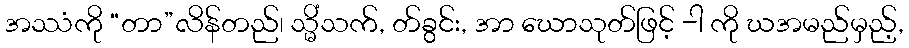
အဿံကို “တာ”လိန်တည်၊ သ္မိံသက်, တ်ခွင်း, အာ ဃောသုတ်ဖြင့် -ါ ကို ဃအမည်မှည့်,